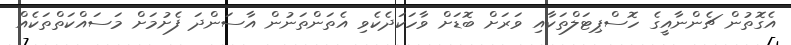
އެގޮތުން ޗެންނާއީގެ ހޮސްޕިޓަލްތަކާއި ވަރަށް ބޮޑަށް ވާހަކަދެކެވި އެތަންތަނުން އާސަންދަ ފެށުމަށް މަސައްކަތްތަކެއް